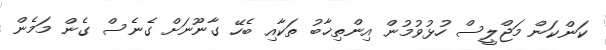
ކަންކަން މަޖްލީސް ހުޅުވުމުން އިންތިޚާބު ތަކާއި ބެހޭ ގާނޫނަށް ގެނެސް ގެން މަމެން